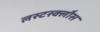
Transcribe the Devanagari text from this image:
लस्टस्क्लौस